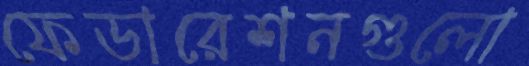
ফেডারেশনগুলো